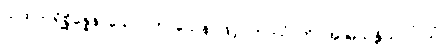
ယထာပရိစ္ဆိန္နေန၊ သော။ ကာယေန၊ ဖြင့်။ ကာယံ၊ ကို။ အာမသန္တိယာပိ၊ သုံ